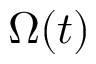
\Omega ( t )